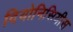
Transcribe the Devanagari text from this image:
दियोनिसियीस